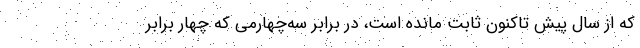
كه از سال پيش تاكنون ثابت مانده است، در برابر سه‌چهارمي كه چهار برابر